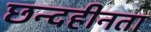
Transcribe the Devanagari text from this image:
छन्दहीनता